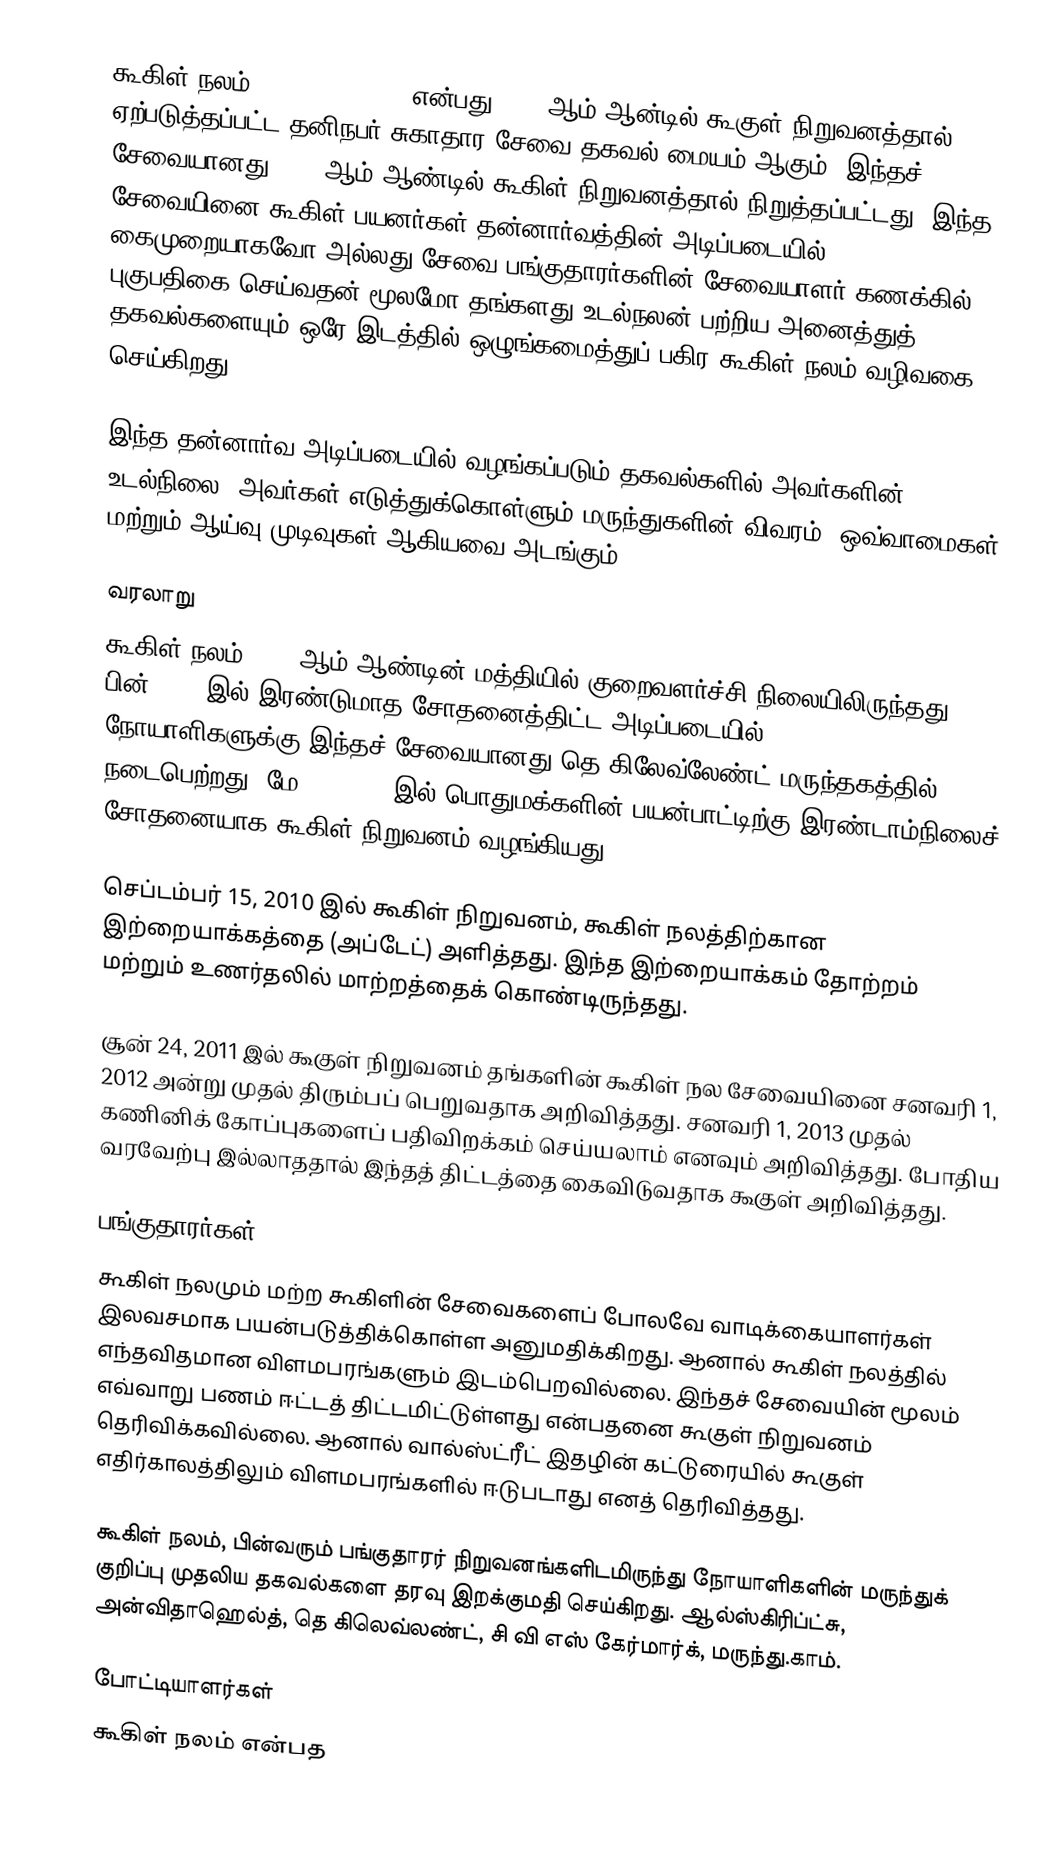
கூகிள் நலம் (Google Health) என்பது  2008 ஆம் ஆன்டில் கூகுள் நிறுவனத்தால் ஏற்படுத்தப்பட்ட தனிநபர் சுகாதார சேவை தகவல் மையம் ஆகும். இந்தச் சேவையானது 2011 ஆம் ஆண்டில் கூகிள் நிறுவனத்தால் நிறுத்தப்பட்டது. இந்த சேவையினை கூகிள் பயனர்கள் தன்னார்வத்தின் அடிப்படையில் கைமுறையாகவோ அல்லது சேவை பங்குதாரர்களின் சேவையாளர் கணக்கில் புகுபதிகை செய்வதன் மூலமோ தங்களது உடல்நலன் பற்றிய அனைத்துத் தகவல்களையும் ஒரே இடத்தில் ஒழுங்கமைத்துப் பகிர கூகிள் நலம் வழிவகை செய்கிறது.

இந்த தன்னார்வ அடிப்படையில் வழங்கப்படும் தகவல்களில் அவர்களின் உடல்நிலை, அவர்கள் எடுத்துக்கொள்ளும் மருந்துகளின் விவரம், ஒவ்வாமைகள் மற்றும் ஆய்வு முடிவுகள் ஆகியவை அடங்கும்.

வரலாறு
கூகிள் நலம் 2006 ஆம் ஆண்டின் மத்தியில் குறைவளர்ச்சி நிலையிலிருந்தது. பின் 2008 இல் இரண்டுமாத சோதனைத்திட்ட அடிப்படையில் 1600 நோயாளிகளுக்கு இந்தச் சேவையானது தெ கிலேவ்லேண்ட் மருந்தகத்தில் நடைபெற்றது. மே 20, 2008 இல் பொதுமக்களின் பயன்பாட்டிற்கு இரண்டாம்நிலைச் சோதனையாக கூகிள் நிறுவனம் வழங்கியது.

செப்டம்பர் 15, 2010 இல் கூகிள் நிறுவனம், கூகிள் நலத்திற்கான இற்றையாக்கத்தை (அப்டேட்) அளித்தது. இந்த இற்றையாக்கம் தோற்றம் மற்றும் உணர்தலில் மாற்றத்தைக் கொண்டிருந்தது.

சூன் 24, 2011 இல் கூகுள் நிறுவனம் தங்களின் கூகிள் நல சேவையினை சனவரி 1, 2012 அன்று முதல் திரும்பப் பெறுவதாக அறிவித்தது. சனவரி 1, 2013 முதல் கணினிக் கோப்புகளைப் பதிவிறக்கம் செய்யலாம் எனவும் அறிவித்தது. போதிய வரவேற்பு இல்லாததால் இந்தத் திட்டத்தை கைவிடுவதாக கூகுள் அறிவித்தது.

பங்குதாரர்கள்
கூகிள் நலமும் மற்ற கூகிளின் சேவைகளைப் போலவே வாடிக்கையாளர்கள் இலவசமாக பயன்படுத்திக்கொள்ள அனுமதிக்கிறது. ஆனால் கூகிள் நலத்தில் எந்தவிதமான விளமபரங்களும் இடம்பெறவில்லை.  இந்தச் சேவையின் மூலம் எவ்வாறு பணம் ஈட்டத் திட்டமிட்டுள்ளது என்பதனை கூகுள் நிறுவனம் தெரிவிக்கவில்லை. ஆனால் வால்ஸ்ட்ரீட் இதழின் கட்டுரையில் கூகுள் எதிர்காலத்திலும் விளமபரங்களில் ஈடுபடாது எனத் தெரிவித்தது.

கூகிள் நலம், பின்வரும் பங்குதாரர் நிறுவனங்களிடமிருந்து நோயாளிகளின் மருந்துக் குறிப்பு முதலிய தகவல்களை தரவு இறக்குமதி செய்கிறது. ஆல்ஸ்கிரிப்ட்சு, அன்விதாஹெல்த், தெ கிலெவ்லண்ட், சி வி எஸ் கேர்மார்க், மருந்து.காம்.

போட்டியாளர்கள்
கூகிள் நலம் என்பத